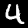
Digit: 4